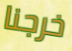
خرجنا